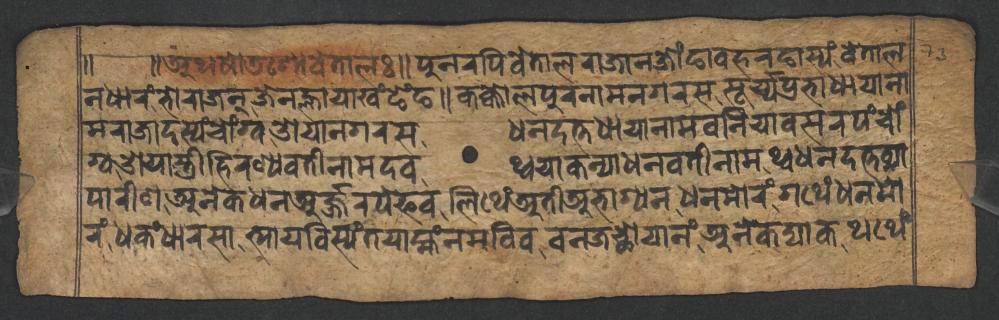
𑑌 𑑌𑐀𑐠𑐲𑑀𑐜𑐱𑑀𑐰𑐾𑐟𑐵𑐮𑑅𑑌𑐥𑐸𑐣𑐬𑐥𑐶𑐰𑐾𑐟𑐵𑐮𑐬𑐵𑐖𑐵𑐣𑐖𑑀𑑄𑐒𑐵𑐰𑐴𑐬𑐒𑐵𑐳𑑂𑐫𑑄𑐰𑐾𑐟𑐵𑐮 𑐣𑐢𑐵𑐬𑑄𑐨𑑀𑐬𑐵𑐖𑐣𑑂𑐖𑐾𑐣𑐮𑑂𑐴𑐵𑐫𑐵𑐏𑑄𑐒𑐾𑑄𑐒𑑌𑐎𑐎𑑂𑐎𑑀𑐮𑐥𑐸𑐬𑐣𑐵𑐩𑐣𑐐𑐬𑐳𑐳𑐹𑐬𑑂𑐫𑑂𑐫𑐥𑑂𑐬𑐨𑐵𑐢𑐵𑐫𑐵𑐣𑐵 𑐩𑐬𑐵𑐖𑐵𑐡𑐳𑑂𑐫𑑄𑐔𑑀𑑄𑐐𑑂𑐰𑐌𑐫𑐵𑐣𑐐𑐬𑐳𑐢𑐣𑐡𑐟𑑂𑐟𑐢𑐵𑐫𑐵𑐣𑐵𑐩𑐧𑐣𑐶𑐫𑐵𑐧𑐳𑐬𑐥𑑄𑐔𑑀𑑄 𑐐𑑂𑐰𑐌𑐫𑐵𑐳𑑂𑐟𑑂𑐬𑐷𑐴𑐶𑐬𑐞𑑂𑐫𑐰𑐟𑐷𑐣𑐵𑐩𑐡𑐰𑐠𑑂𑐰𑐫𑐵𑐎𑐣𑑂𑐫𑐵𑐢𑐣𑐰𑐟𑐷𑐣𑐵𑐩𑐠𑑂𑐰𑐢𑐣𑐡𑐟𑑂𑐟𑐰𑑂𑐫𑐵 𑐥𑐵𑐬𑐷𑐞𑐀𑐣𑐾𑐎𑐢𑐣𑐀𑐬𑑂𑐖𑑂𑐖𑐬𑐥𑐾𑐦𑐰𑐮𑐶𑐠𑐾𑑄𑐀𑐟𑐷𑐀𑐨𑐵𑐐𑑂𑐫𑐣𑐢𑐣𑐩𑑀𑐬𑑄𑐐𑐠𑐾𑑄𑐢𑐣𑐩𑑀 𑐬𑑄𑐢𑐎𑑄𑐢𑐵𑐬𑐳𑐵𑐟𑑂𑐫𑐵𑐫𑐧𑐶𑐳𑑂𑐫𑑄𑐟𑐫𑐵𑐩𑑂𑐴𑑄𑐣𑐩𑐧𑐶𑐰𑐧𑐣𑐖𑐕𑑀𑐫𑐵𑐣𑑄𑐀𑐣𑐾𑐎𑐡𑑂𑐫𑐵𑐎𑐠𑐠𑐾𑑄